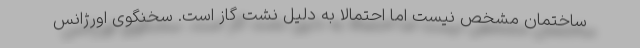
ساختمان مشخص نیست اما احتمالا به دلیل نشت گاز است. سخنگوی اورژانس